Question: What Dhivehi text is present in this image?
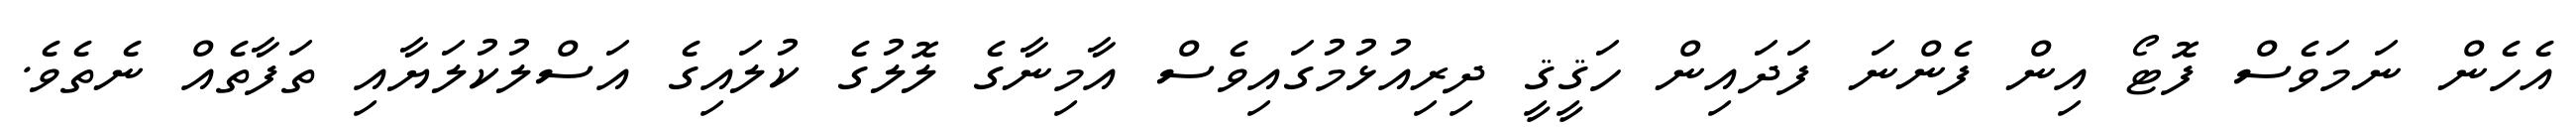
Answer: އެހެން ނަމަވެސް ފޮޓޯ އިން ފެންނަ ފަދައިން ހަޤީޤީ ދިރިއުޅުމުގައިވެސް އާމިނާގެ ލޮލުގެ ކުލައިގެ އަސްލުކުލަޔާއި ތަފާތެއް ނެތެވެ.